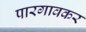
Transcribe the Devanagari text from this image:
पारगावकर